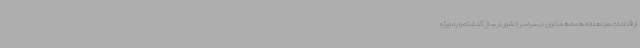
از اقدامات مجاهدانه همه همکاران در سراسر کشور در سال گذشته و به ویژه